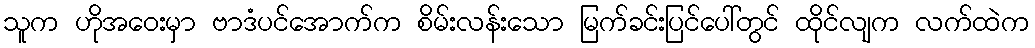
သူက ဟိုအဝေးမှာ ဗာဒံပင်အောက်က စိမ်းလန်းသော မြက်ခင်းပြင်ပေါ်တွင် ထိုင်လျက လက်ထဲက